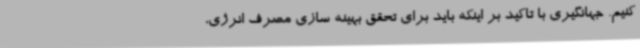
کنیم. جهانگیری با تاکید بر اینکه باید برای تحقق بهینه سازی مصرف انرژی،